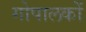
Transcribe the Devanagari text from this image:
गोपालकों